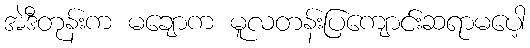
အဲဒီတုန်းက မချောက မူလတန်းပြကျောင်းဆရာမပေါ့